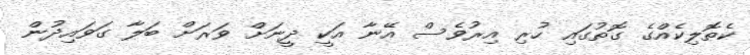
ކެތޮލިކެއްގެ ގޮތުގައި ހުރި އިރުވެސް އޭނާ އަކީ ދީނަށް ވަރަށް ބަލާ ގަވައިދުން